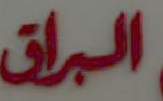
البراق